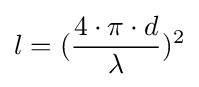
l=({\frac {4\cdot \pi \cdot d}{\lambda }})^{2}